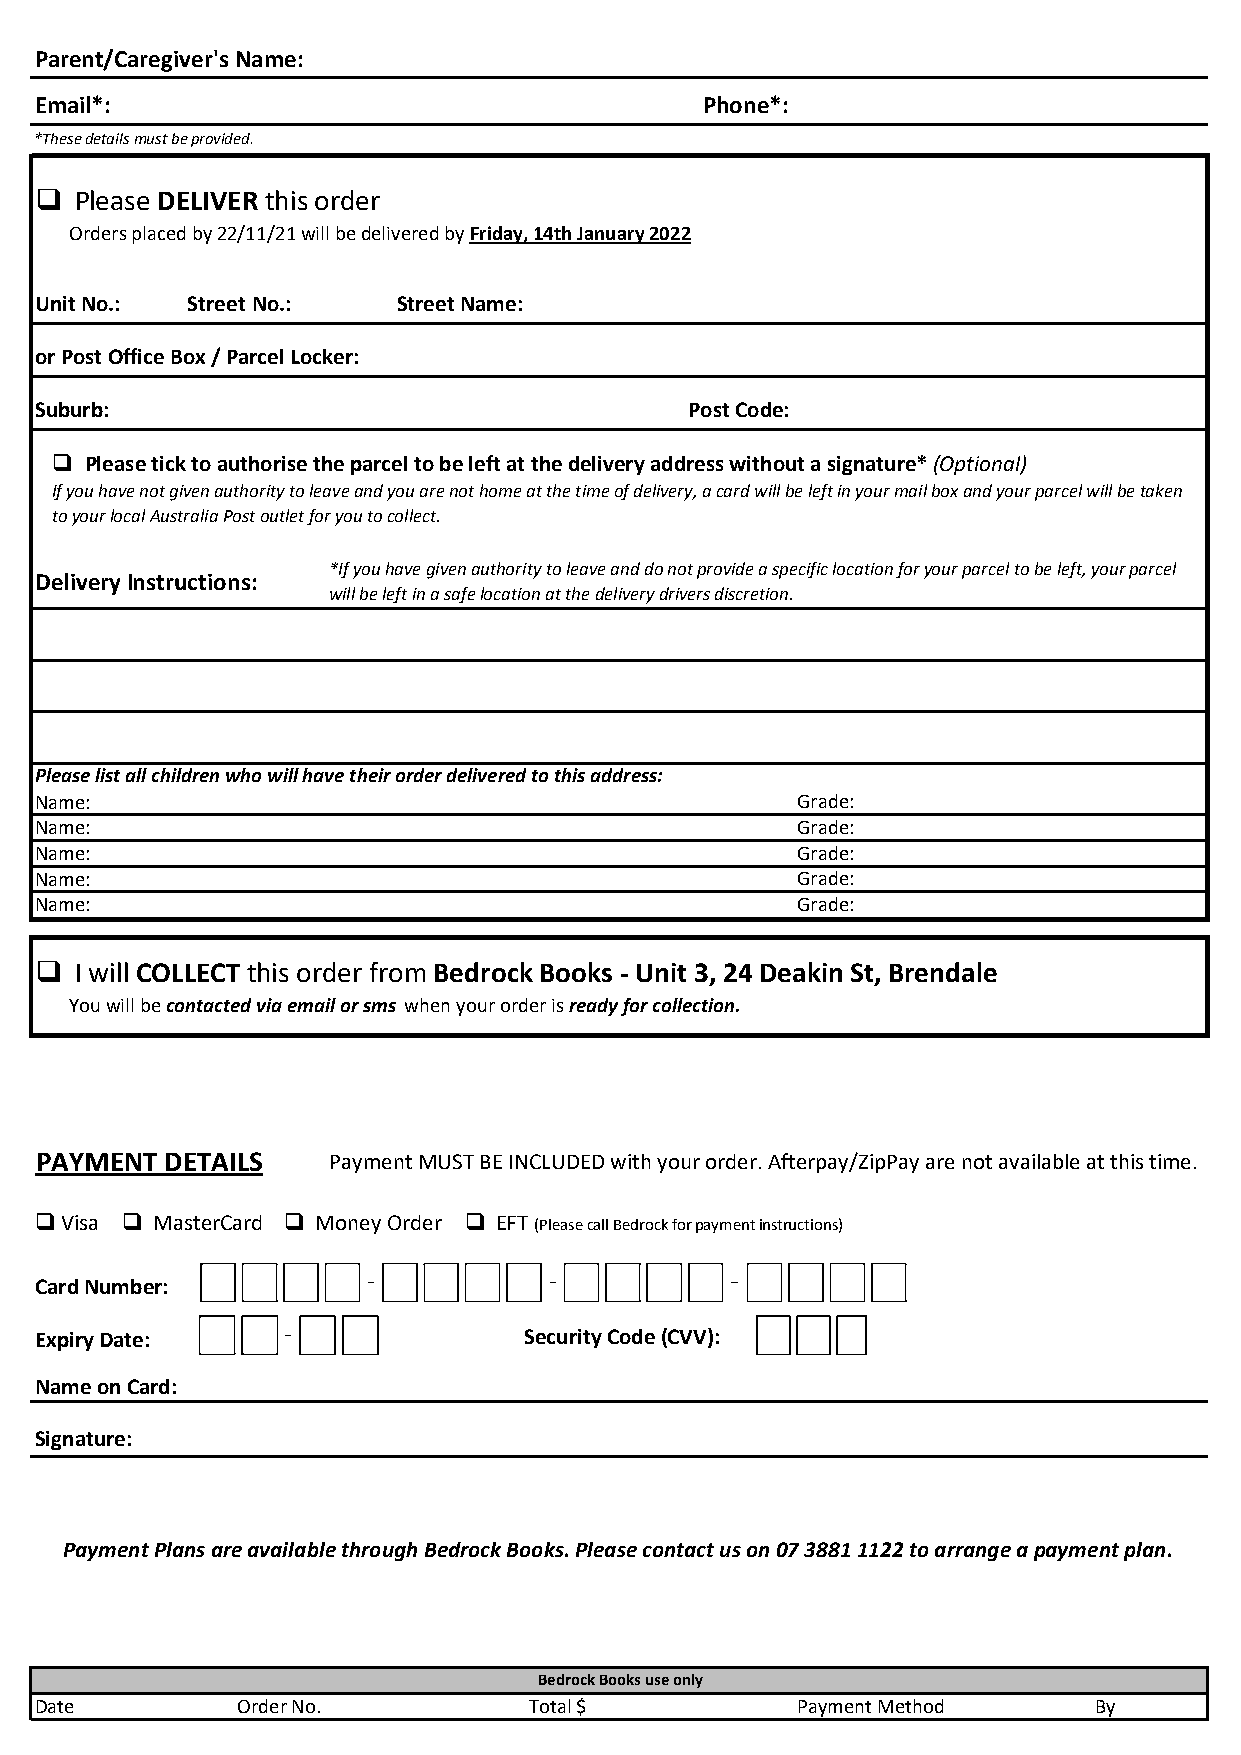
I
 Parent/Caregiver's Name:
 I
 Email*:                                      Phone*:
 *These details must be provided.
   Please DELIVER this order
 Orders placed by 22/11/21 will be delivered by Friday, 14th January 2022
 Unit No.: Street No.:   Street Name:
 or Post Office Box / Parcel Locker:                 I
 Suburb:                                     Post Code: I
   Please tick to authorise the parcel to be left at the delivery address without a signature* (Optional)
 If you have not given authority to leave and you are not home at the time of delivery, a card will be left in your mail box and your parcel will be taken
 to your local Australia Post outlet for you to collect.
 *If you have given authority to leave and do not provide a specific location for your parcel to be left, your parcel
 Delivery Instructions:
 will be left in a safe location at the delivery drivers discretion.
 I
 I
 Please list all children who will have their order delivered to this address:
 Name:                                              Grade:
 Name:                                              Grade:
 Name:                                              Grade:
 Name:                                              Grade:
 Name:                                              Grade:
   I will COLLECT this order from Bedrock Books ‐ Unit 3, 24 Deakin St, Brendale I
 You will be contacted via email or sms when your order is ready for collection.
 PAYMENT  DETAILS    Payment MUST BE INCLUDED with your order. Afterpay/ZipPay are not available at this time.
  Visa  MasterCard  Money Order  EFT (Please call Bedrock for payment instructions)
 Card Number:                                                              I
 Expiry Date:                     Security Code (CVV): I
 Name on Card:
 Signature:
 Payment Plans are available through Bedrock Books. Please contact us on 07 3881 1122 to arrange a payment plan.
 Bedrock Books use only
 Date          Order No.          Total $           Payment Method     By